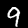
Label: 9